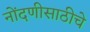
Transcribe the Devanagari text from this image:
नोंदणीसाठीचे